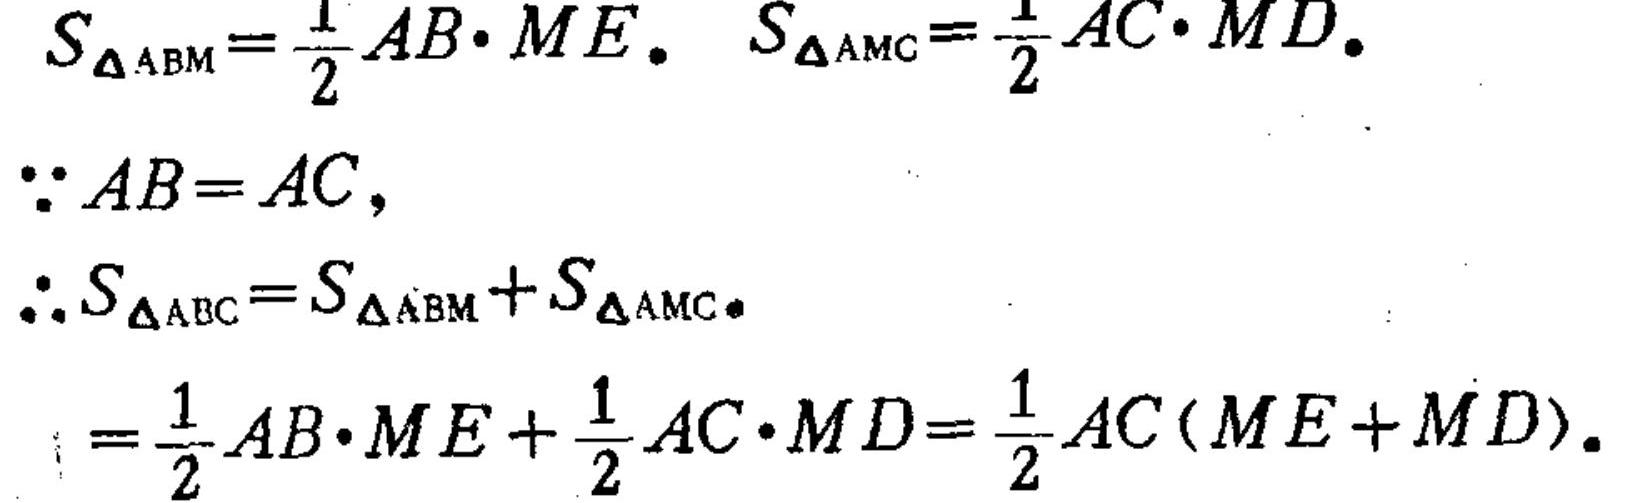
\(S_{\triangle ABM}=\frac{1}{2}AB\cdot ME\)。 \(S_{\triangle AMC}=\frac{1}{2}AC\cdot MD\)。
\(\because AB = AC\)，
\(\therefore S_{\triangle ABC}=S_{\triangle ABM}+S_{\triangle AMC}\)。
\(=\frac{1}{2}AB\cdot ME+\frac{1}{2}AC\cdot MD=\frac{1}{2}AC(ME + MD)\)。